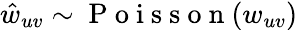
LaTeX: \hat{w}_{uv}\sim\mathrm{~P~o~i~s~s~o~n~}(w_{uv})